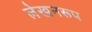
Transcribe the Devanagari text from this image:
लेखनरूप